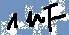
Text: 1µF